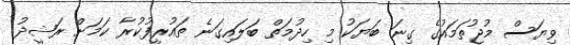
ވިޔަސް މުޖުތަމައުގެ ގިނަ ބަޔަކު މި ހިދުމަތް ބަލައިގަނެ ތައުރީފުކުރާ ކަމަށް ރަޝީދު